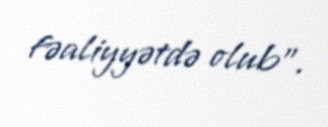
fəaliyyətdə olub".